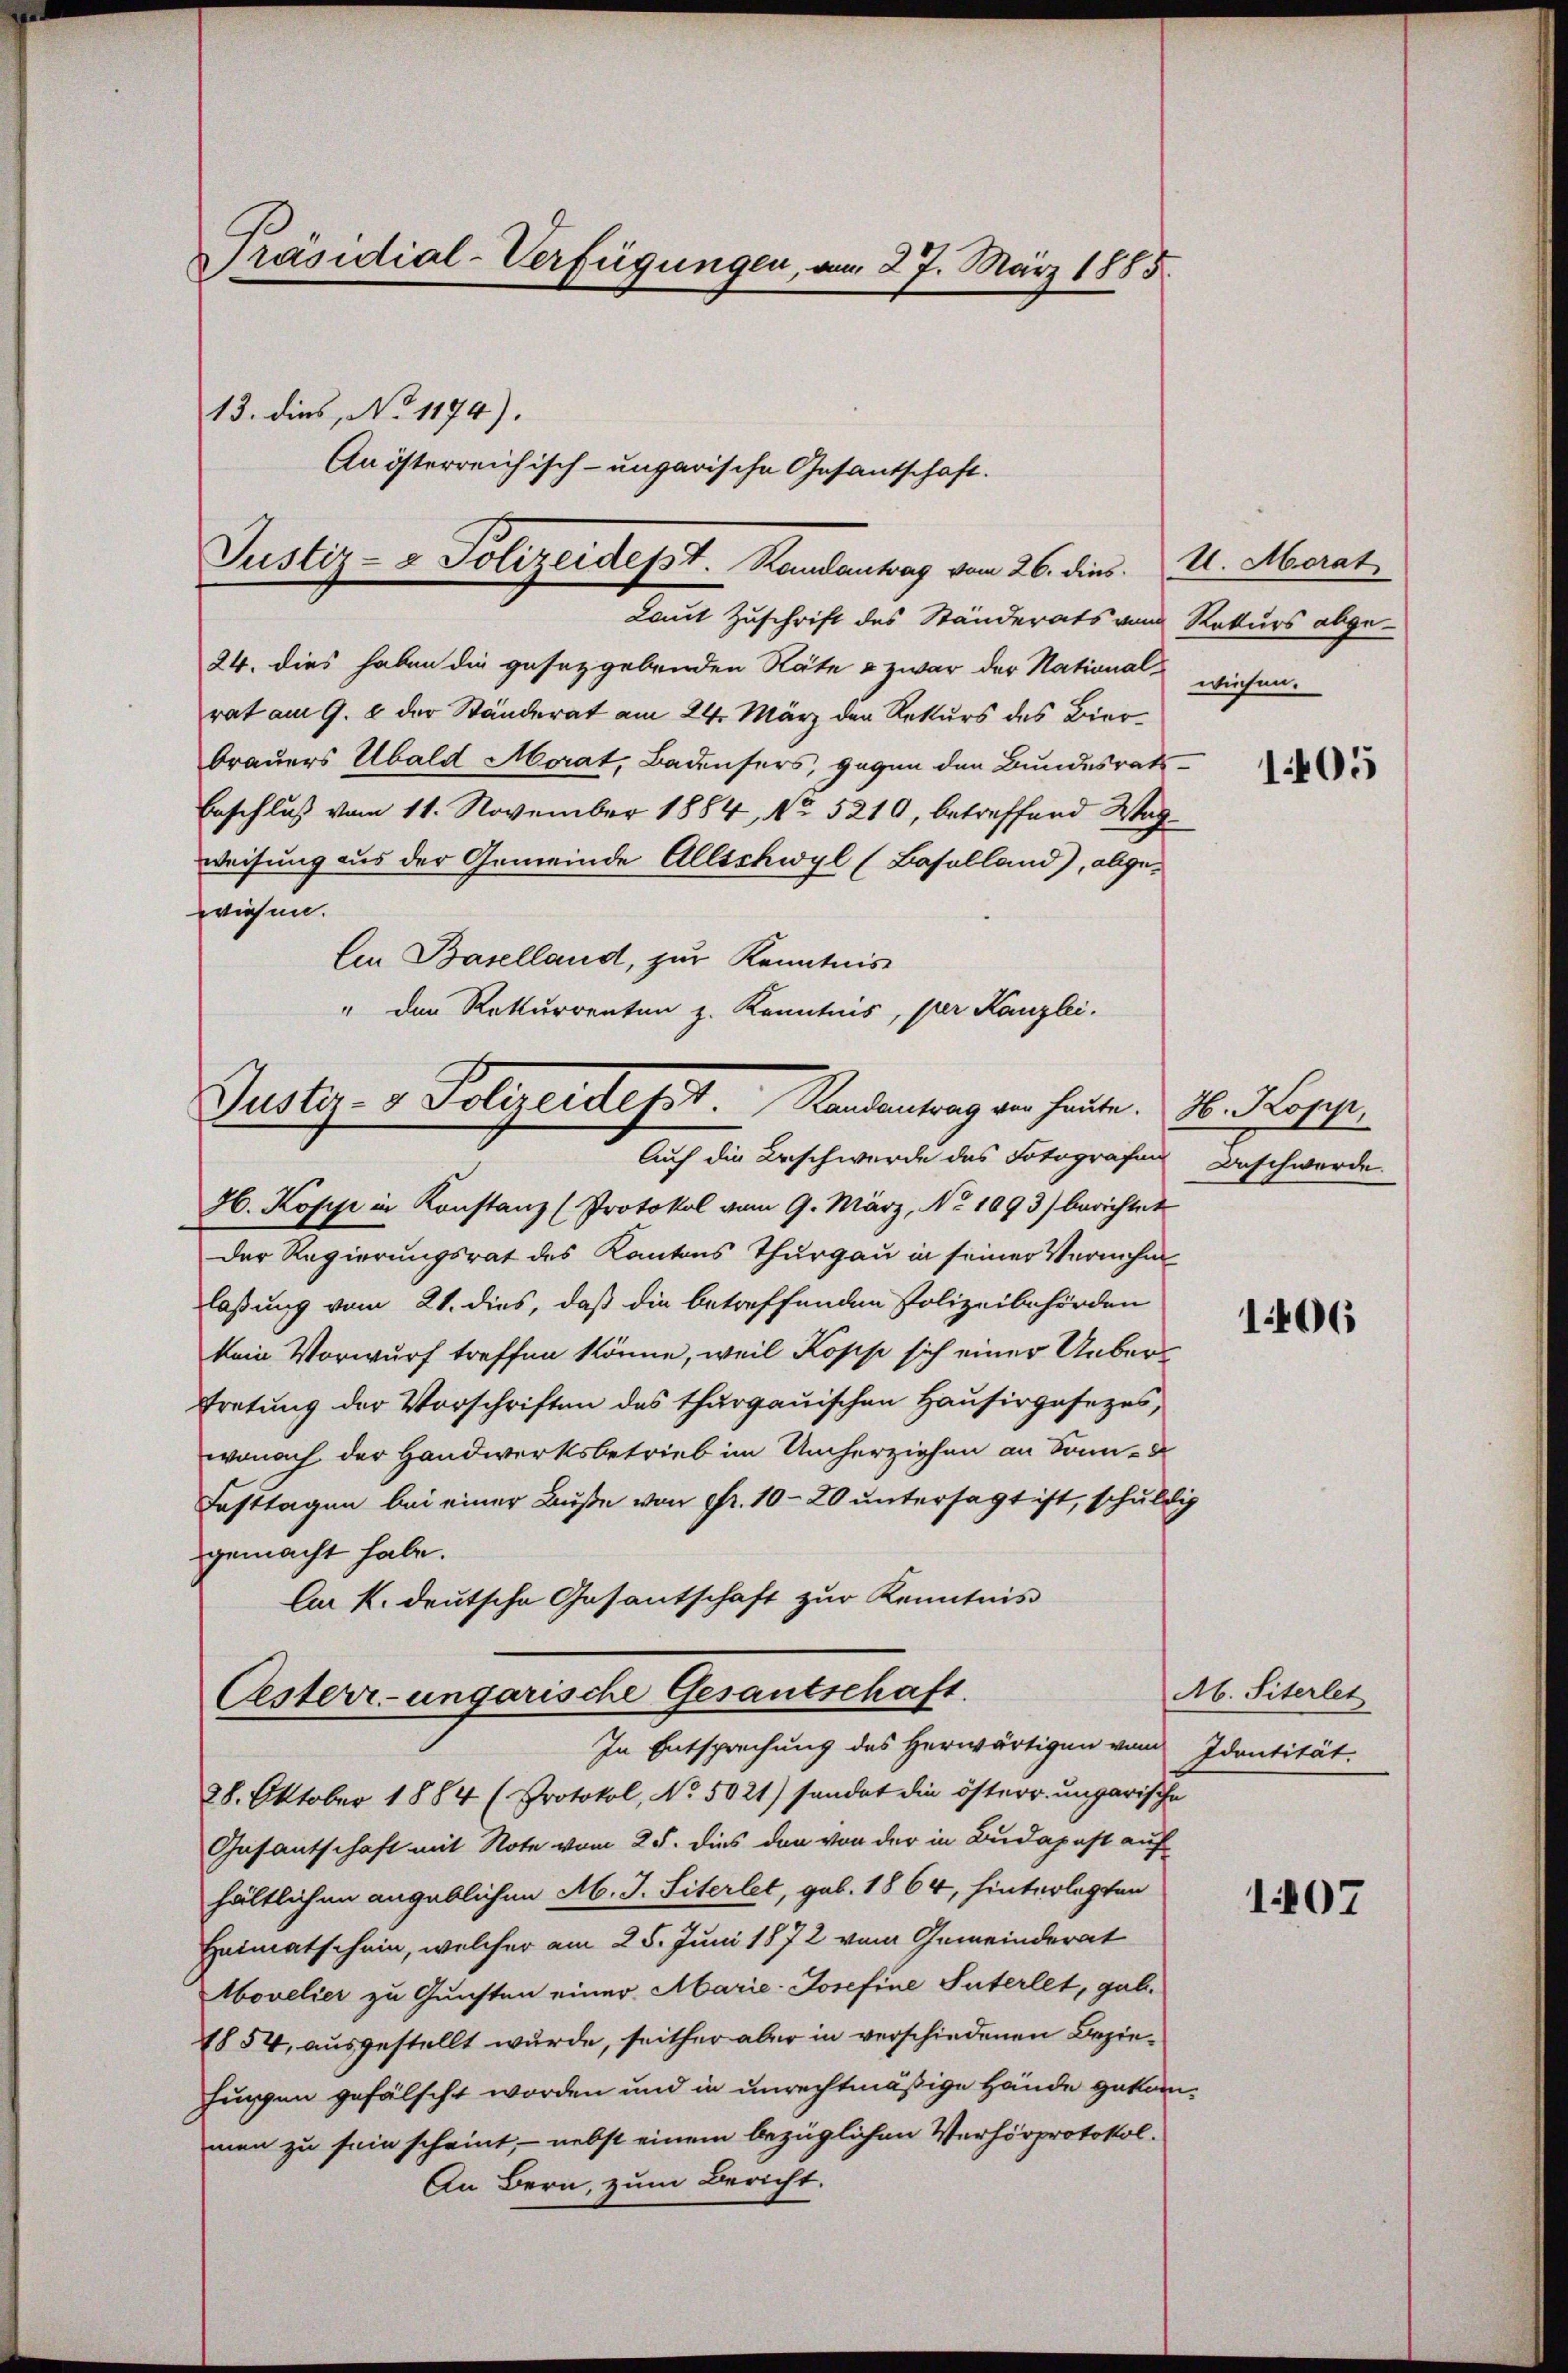
Präsidial-Verfügungen, am 27. März 1885
13. dies, No 1174).
An österreichisch-ungarische Gesantschaft.

Justiz- & Polizeidept. Randantrag vom 26. dies. U. Merat
Laut Zuschrift des Ständerats vom Rekurs abge¬

24. dies haben die gesetzgebenden Räte & zwar der National- wiesen.
rat am 9. 8 der Ständerat am 24. März der Rekurs des Bierbrauers Ubald Morat, Badensers, gegen den Bundesrats-
Beschluß vom 11. November 1884, No 5210, betreffend Wagweisung aus der Gemeinde Allschwyl (Baselland), abgewiesen.
Cen Baselland, zur Kenntnis
" den Rekurrenten z. Kenntnis, per Kanzlei.

Justiz- & Polizeidesst.  Randantrag von heute. H. Kopp,
Auf die Beschwerde des Fotografen Beschwerde.

H. Kopp in Konstanz (Protokol vom 9. März, No 1093) berichtet
Der Regierungsrat des Kantons Thurgau in seiner Vernehm
laßung vom 21. dies, daß die betreffenden Polizeibehörden
kein Vorwurf treffen könne, weil Kopp sich einer Uebertretung der Vorschriften des thurgauischen Hausirgesezes,
wonach der Handwerksbetrieb im Umherziehen an Sonn-
Fasttagen bei einer Buße von Fr. 10-20 untersagt ist, schuldig
gemacht habe.
An k. deutsche Gesantschaft zur Kenntnis
Oesterr-ungarische Gesantschaft.

In Entsprechung des Herwärtigen vom Identität.

28. Oktober 1884 (Protokol, No. 5021) sandat die österr. ungarische
Gasantschaft mit Note vom 25. dies den von der in Budapest auf
hältlichen angeblichen M. J. Siterlet, geb. 1864, hinterlegten
Heimatschein, welcher am 25. Juni 1872 vom Gemeinderat
Movelier zu Gunsten einer Marie-Josefine Suterlet, gab.
1854, ausgestellt wurde, seither aber in verschiedenen Beziefungen gefälscht worden und in unrechtmäßige Hände gekommen zu sein scheint, nebst einem bezüglichen Verhörprotokol¬
An Bern, zum Bericht.

1405

106

Ab. Siterlet

1407